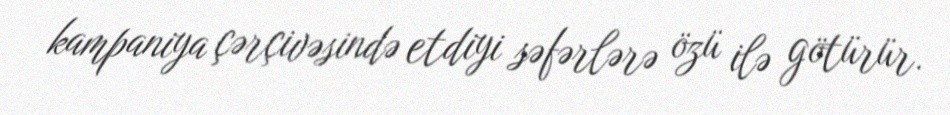
kampaniya çərçivəsində etdiyi səfərlərə özü ilə götürür.